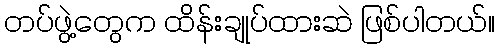
တပ်ဖွဲ့တွေက ထိန်းချုပ်ထားဆဲ ဖြစ်ပါတယ်။